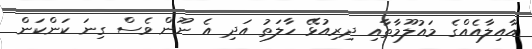
އާއިލާއެއްގެ މައުލޫމާތާއި ދިރިއުޅޭ ހާލަތު އަދި އެ ނޫން ވެސް ގިނަ ކަންކަން